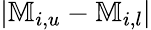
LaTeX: |\mathbb{M}_{i,u}-\mathbb{M}_{i,l}|